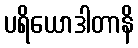
ပရိယောဒါတာနိ